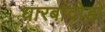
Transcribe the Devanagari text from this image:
धारबांदोडाे